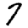
Digit: 7